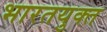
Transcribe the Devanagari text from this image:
भारतयुक्त